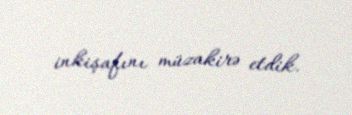
inkişafını müzakirə etdik.